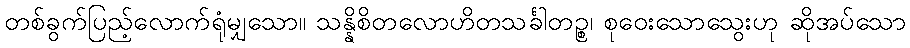
တစ်ခွက်ပြည့်လောက်ရုံမျှသော။ သန္နိစိတလောဟိတသင်္ခါတဉ္စ၊ စုဝေးသောသွေးဟု ဆိုအပ်သော